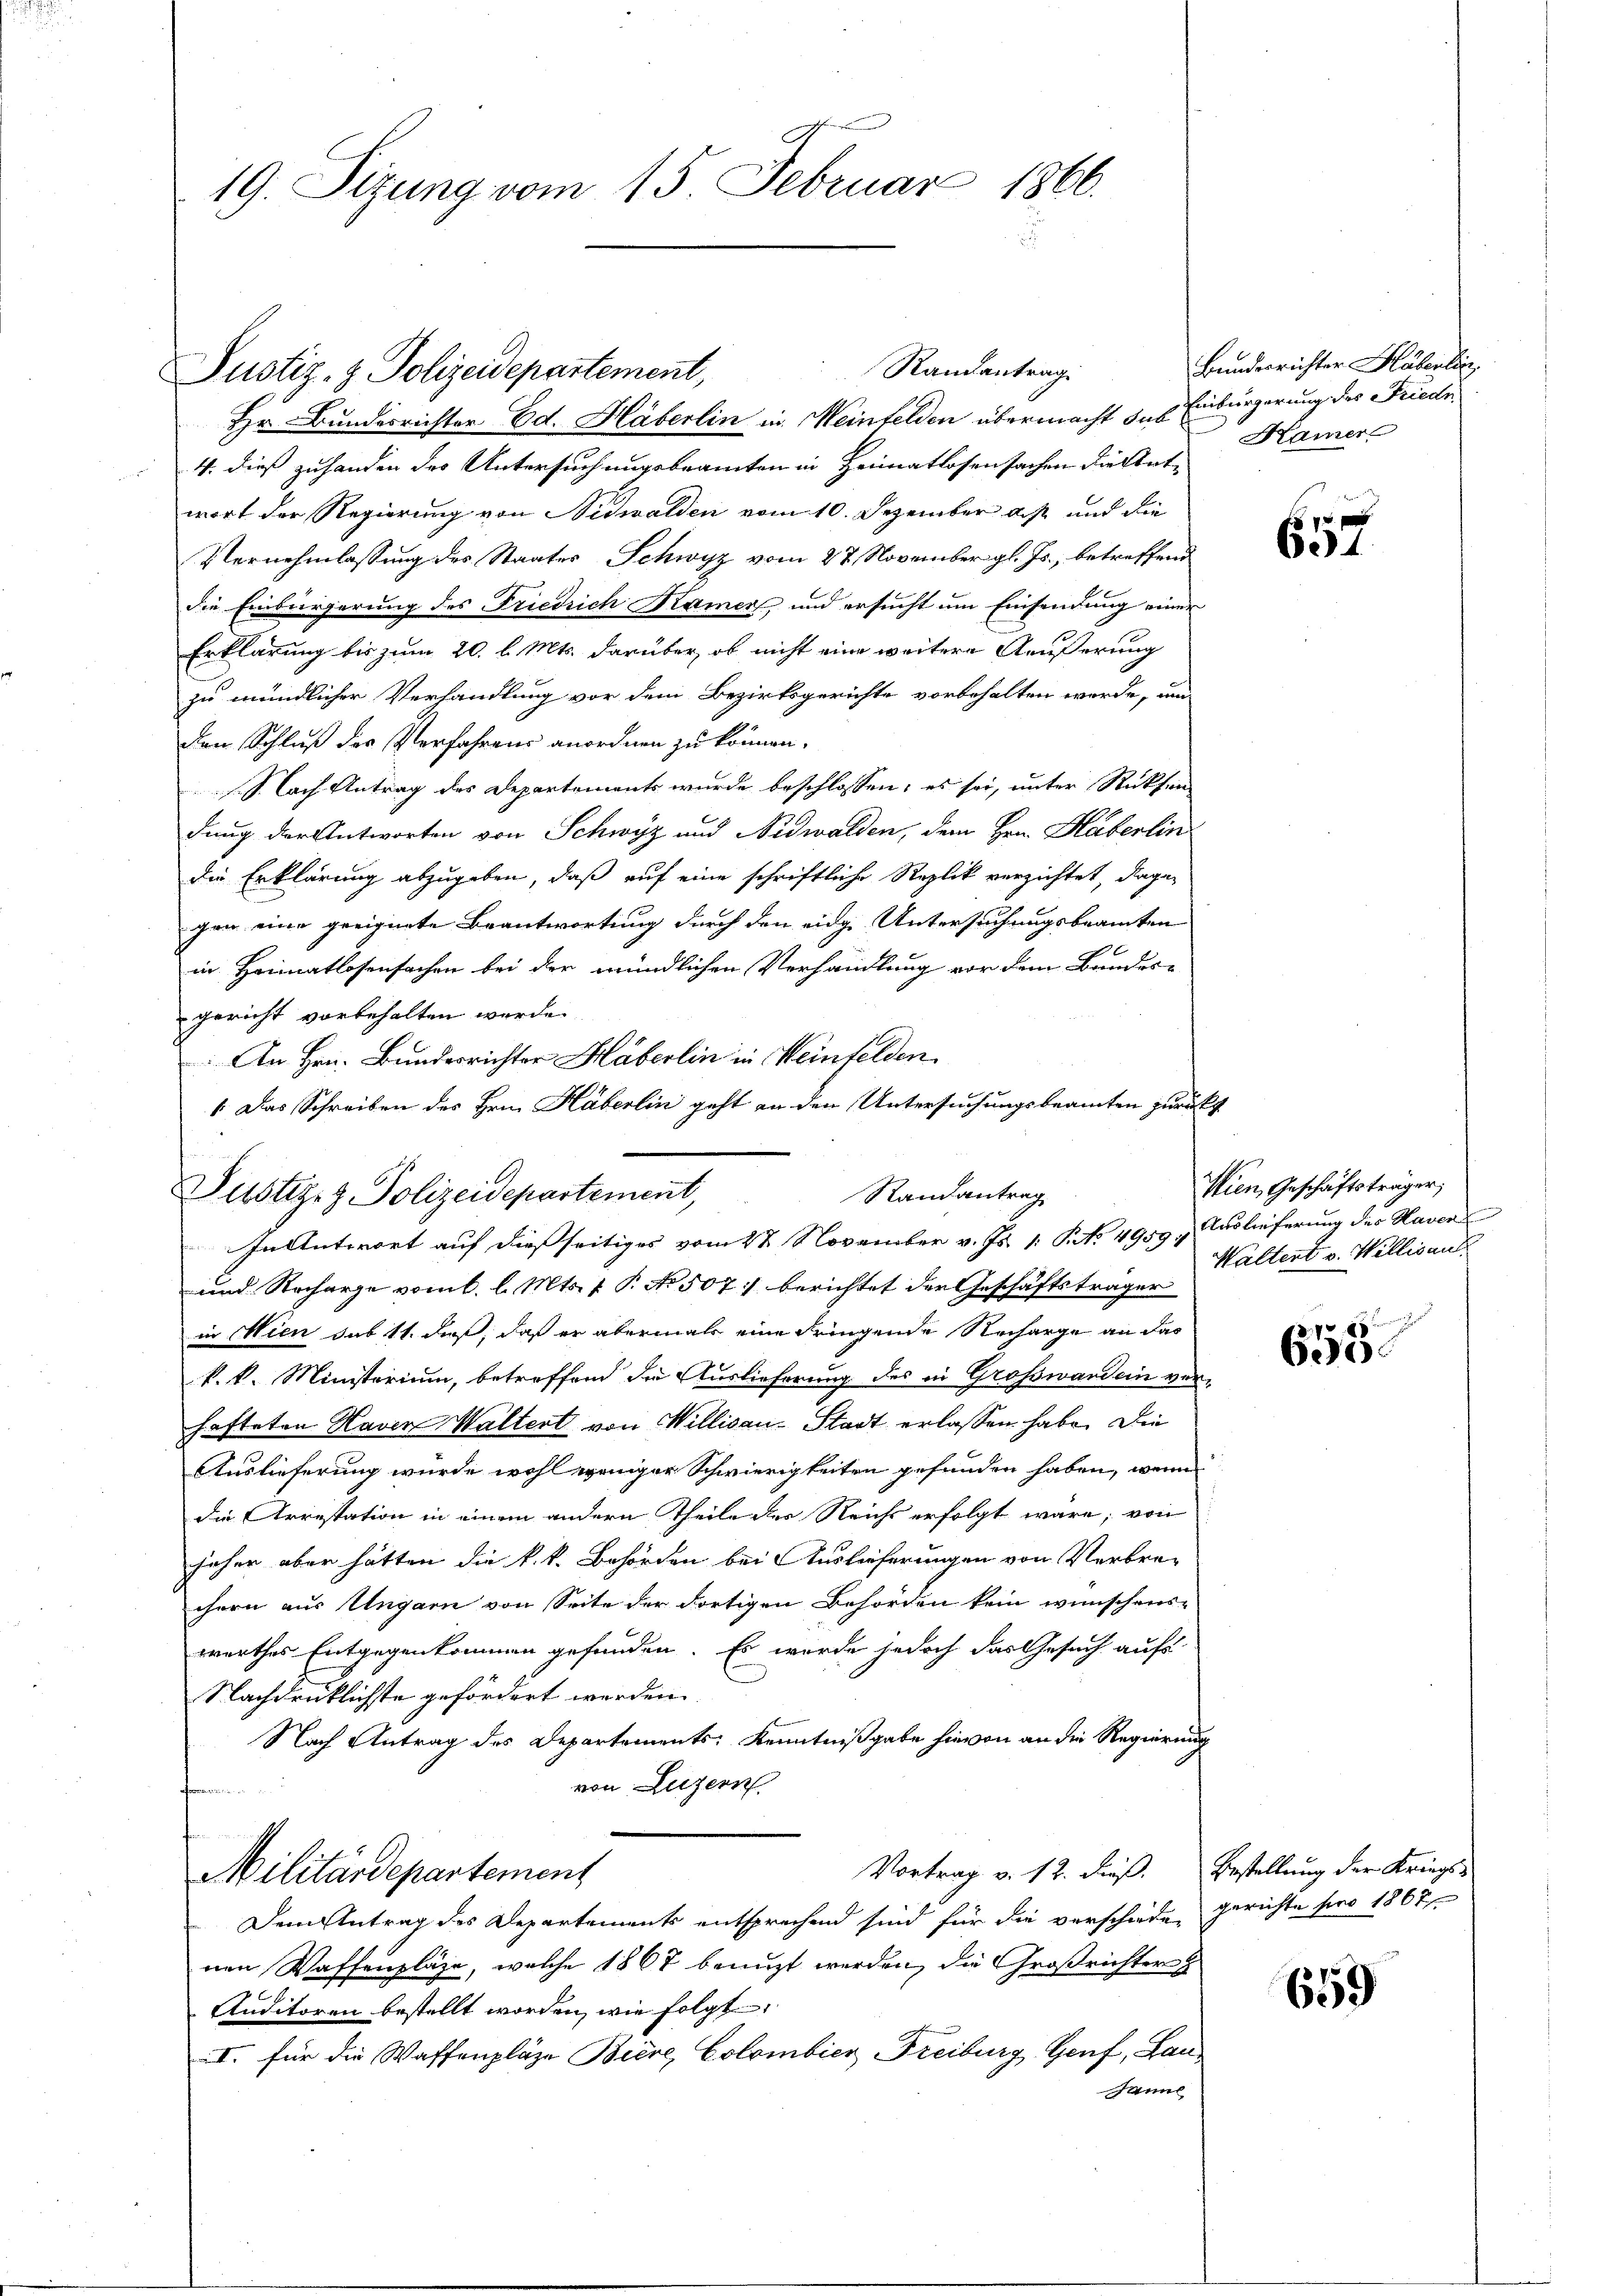
19. Sizung vom 15. Februar 1866.

Randantrag
Justiz- & Polizeidepartement,

Hr. Bundesrichter Ed. Häberlin in Meinfelden übermacht das Einbürgerung des Friede
4. dieß zuhanden des Untersuchungsbeamten in Heimatlosensachen die Antwort der Regierung von Nidwalden vom 10. Dezember als und die
Vernehmlassung des Staates Schwyz vom 27. November gl. Js., betreffend
die Einbürgerung des Friedrich Kamer und ersucht um Einsendung einer
Erklärung bis zum 20. l. Mts. darüber, ob nicht eine weitere Äußerung
zu mündlicher Verhandlung vor dem Bezirksgerichte vorbehalten werde, um
dem Schluß des Verfahrens anordnen zu können.
Nach Antrag des Departements wurde beschlossen; es sei, unter Rücksendung der Antworten von Schwyz und Nidwalden, dem Hrn. Häberlin
die Erklärung abzugeben, daß auf eine schriftliche Replik verzichtet, dage-
gen eine geeignete Beantwortung durch den eidge Untersuchungsbeamten
in Heimatlosensachen bei der mündlichen Verhandlung vor dem Bandes-
gericht vorbehalten wurde.
An Hrn. Bundesrichter Häberlin in Weinfelden.
1. Das Schreiben des Hrn. Häberlin geht an den Untersuchungsbeamten zurückt

Randantrag
Justiz- & Polizeidepartement,
In Antwort auf dießseitiges vom 2ten November v. Js. 1. No. 4959, Auslieferung des Haver

und Recharge vom 1. l. Mts. 1. P. No. 507. berichtet der Geschäftsträger
in Wien das 11. daß, daß er abermal eine dringende Richarge an das
k. k. Ministerium, betreffend die Auslieferung des in Großward ein verhafteten Haven Waltert von Willisau-Stadt erlassen habe. Die
Auslieferung wurde wohl weniger Schwierigkeiten gefunden haben, wenn
die Arrestation in einem andern Theile der Reichs erfolgt wäre; von
jaher aber hätten die k.k. Behörden bei Auslieferungen von Verbrechern aus Ungarn von Seite der dortigen Behörden kein wünschens-
werthes Entgegenkommen gefunden. Es wurde jedoch das Gesuch aufs
Nachdrüklichste gefördert werden.
Nach Antrag des Departements Kenntnißgabe hievon an die Regierung
von Luzern
 ene
Vortrag v. 12. dieß. Bestellung der Kriegs-
Militärdepartement
Dem Antrag des Departements entsprechend sind für die verschieden gerichte pro 1867
nen Waffenpläge, welche 1867 benuzt werden, die Großrichter
Auditoren bestellt worden, wie folgt
I. für die Waffenpläze Biere, Colombier Freiburg, Genf, Bau¬
Janne

Bundesrichter Häberlin
Kamer

657

Wien, Geschäftsträger;
Waltent v. Willigen.

8x
Oede

659